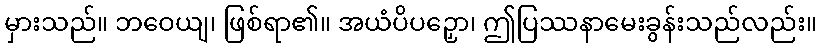
မှားသည်။ ဘဝေယျ၊ ဖြစ်ရာ၏။ အယံပိပဉှော၊ ဤပြဿနာမေးခွန်းသည်လည်း။